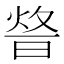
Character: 𤉴